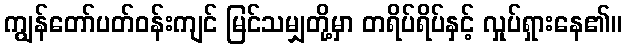
ကျွန်တော်ပတ်ဝန်းကျင် မြင်သမျှတို့မှာ တရိပ်ရိပ်နှင့် လှုပ်ရှားနေ၏။